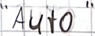
Text: "Auto"